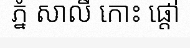
ភ្នំ សាលី កោះ ផ្តៅ